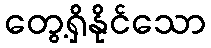
တွေ့ရှိနိုင်သော